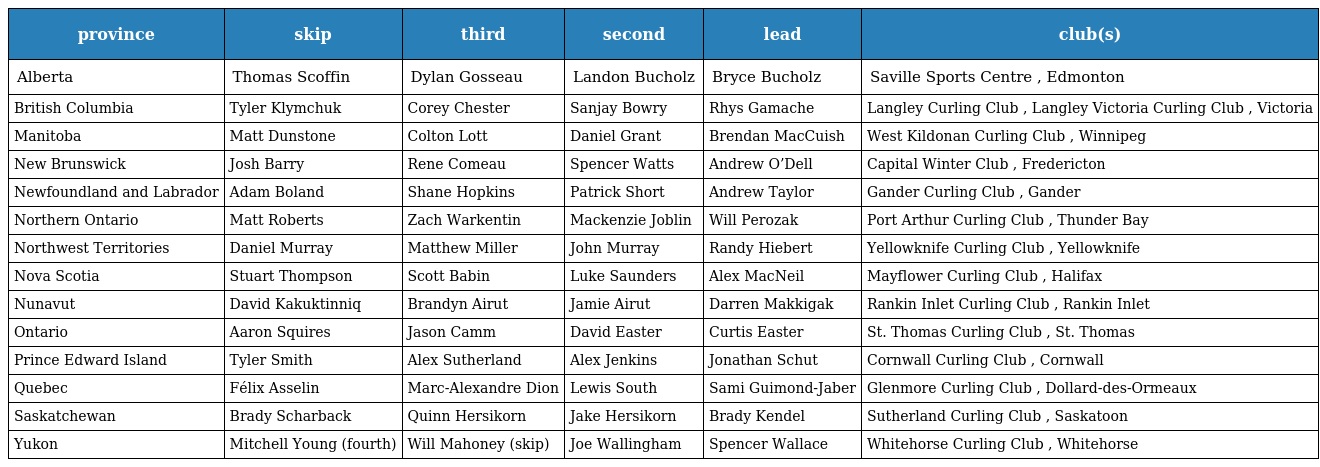
| province | skip | third | second | lead | club(s) |
 | --- | --- | --- | --- | --- | --- |
 | Alberta | Thomas Scoffin | Dylan Gosseau | Landon Bucholz | Bryce Bucholz | Saville Sports Centre , Edmonton |
 | British Columbia | Tyler Klymchuk | Corey Chester | Sanjay Bowry | Rhys Gamache | Langley Curling Club , Langley Victoria Curling Club , Victoria |
 | Manitoba | Matt Dunstone | Colton Lott | Daniel Grant | Brendan MacCuish | West Kildonan Curling Club , Winnipeg |
 | New Brunswick | Josh Barry | Rene Comeau | Spencer Watts | Andrew O’Dell | Capital Winter Club , Fredericton |
 | Newfoundland and Labrador | Adam Boland | Shane Hopkins | Patrick Short | Andrew Taylor | Gander Curling Club , Gander |
 | Northern Ontario | Matt Roberts | Zach Warkentin | Mackenzie Joblin | Will Perozak | Port Arthur Curling Club , Thunder Bay |
 | Northwest Territories | Daniel Murray | Matthew Miller | John Murray | Randy Hiebert | Yellowknife Curling Club , Yellowknife |
 | Nova Scotia | Stuart Thompson | Scott Babin | Luke Saunders | Alex MacNeil | Mayflower Curling Club , Halifax |
 | Nunavut | David Kakuktinniq | Brandyn Airut | Jamie Airut | Darren Makkigak | Rankin Inlet Curling Club , Rankin Inlet |
 | Ontario | Aaron Squires | Jason Camm | David Easter | Curtis Easter | St. Thomas Curling Club , St. Thomas |
 | Prince Edward Island | Tyler Smith | Alex Sutherland | Alex Jenkins | Jonathan Schut | Cornwall Curling Club , Cornwall |
 | Quebec | Félix Asselin | Marc-Alexandre Dion | Lewis South | Sami Guimond-Jaber | Glenmore Curling Club , Dollard-des-Ormeaux |
 | Saskatchewan | Brady Scharback | Quinn Hersikorn | Jake Hersikorn | Brady Kendel | Sutherland Curling Club , Saskatoon |
 | Yukon | Mitchell Young (fourth) | Will Mahoney (skip) | Joe Wallingham | Spencer Wallace | Whitehorse Curling Club , Whitehorse |